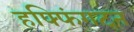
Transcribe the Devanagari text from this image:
हफ्फिंगटन